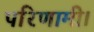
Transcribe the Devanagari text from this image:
परिणामी।